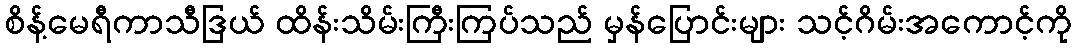
စိန့်မေရီကာသီဒြယ် ထိန်းသိမ်းကြီးကြပ်သည် မှန်ပြောင်းများ သင့်ဂိမ်းအကောင့်ကို